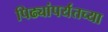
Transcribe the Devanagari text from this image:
पिढ्यांपर्यंतच्या